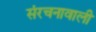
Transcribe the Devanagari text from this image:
संरचनावाली